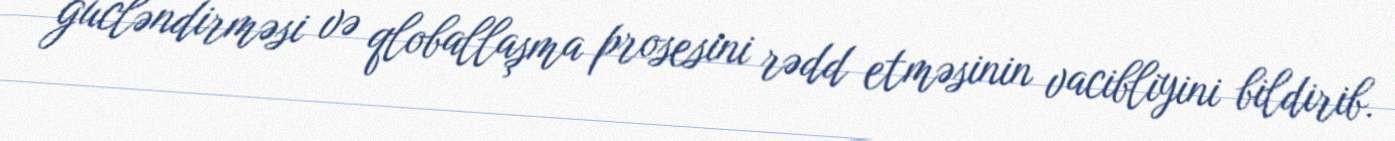
gücləndirməsi və qloballaşma prosesini rədd etməsinin vacibliyini bildirib.